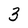
Character: 3